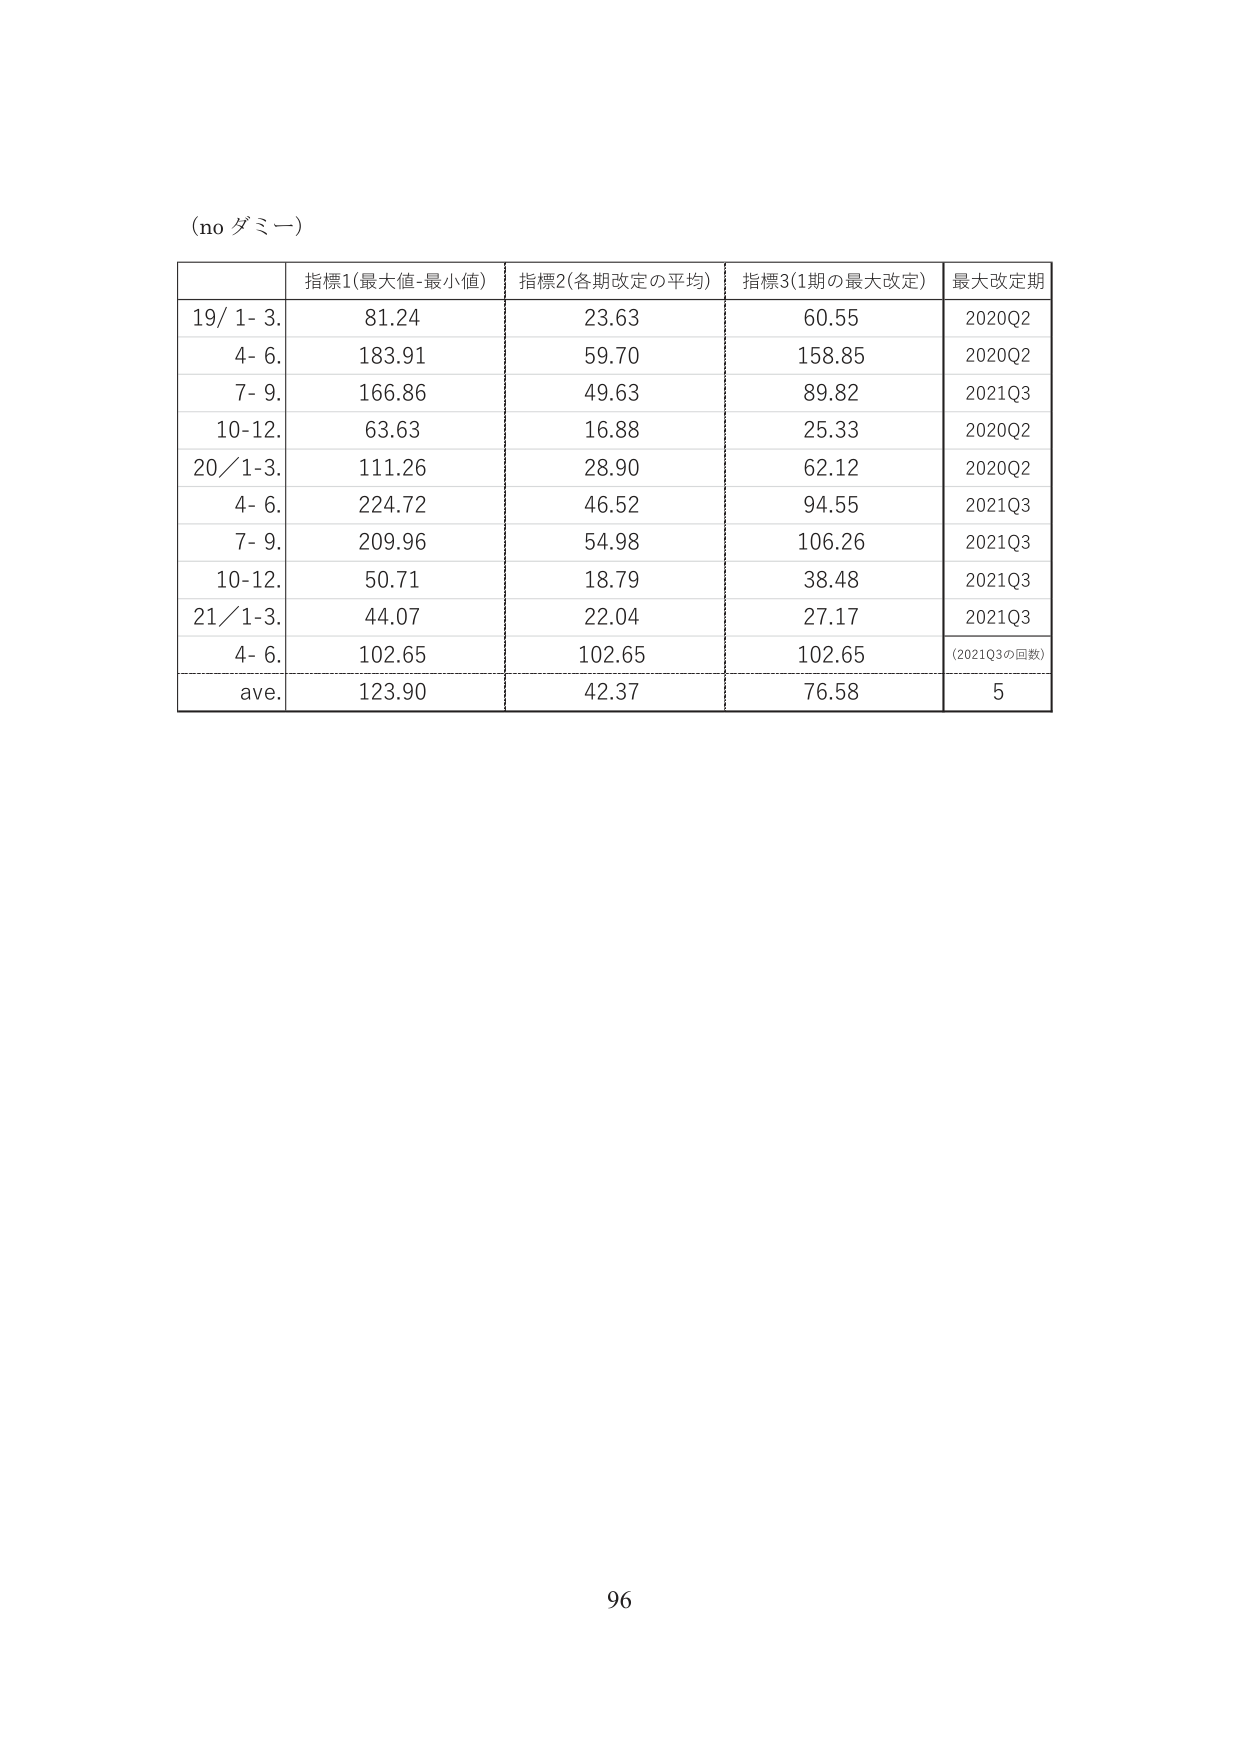
(no ダミー)

指標1(最大値-最小値) 指標2(各期改定の平均) 指標3(1期の最大改定) 最大改定期
19/ 1- 3. 81.24 23.63 60.55 2020Q2
4- 6. 183.91 59.70 158.85 2020Q2
7- 9. 166.86 49.63 89.82 2021Q3
10-12. 63.63 16.88 25.33 2020Q2
20/ 1-3. 111.26 28.90 62.12 2020Q2
4- 6. 224.72 46.52 94.55 2021Q3
7- 9. 209.96 54.98 106.26 2021Q3
10-12. 50.71 18.79 38.48 2021Q3
21/ 1-3. 44.07 22.04 27.17 2021Q3
4- 6. 102.65 102.65 102.65 (2021Q3の回数)
ave. 123.90 42.37 76.58 5

96